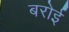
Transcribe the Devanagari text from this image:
बरोई